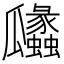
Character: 㼖